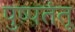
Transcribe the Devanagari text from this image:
पुष्पतंतू